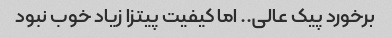
برخورد پیک عالی.. اما کیفیت پیتزا زیاد خوب نبود